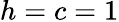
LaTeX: h=c=1